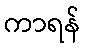
ကာရန်